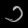
Digit: ၁